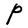
Character: P